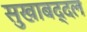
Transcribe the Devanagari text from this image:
सुखाबद्दल